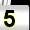
Digit: 5